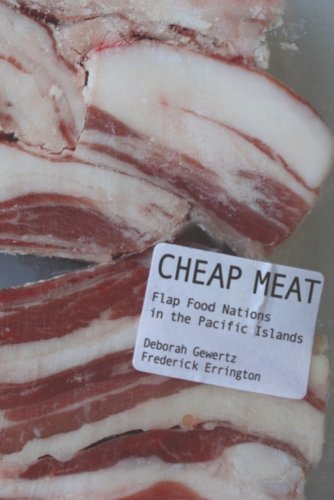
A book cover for Cheap Meat: Flap Food Nations in the Pacific Islands; Deborah Gewertz; Cookbooks, Food & Wine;